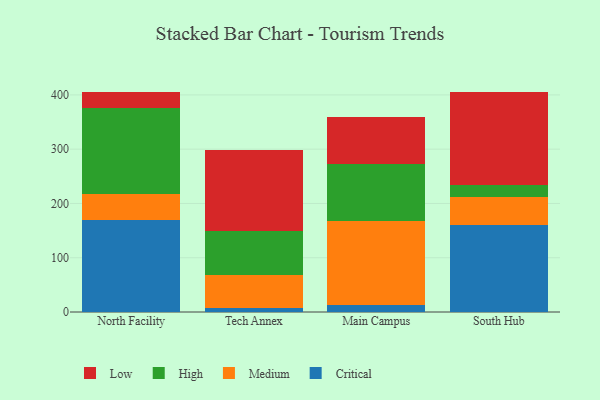
{"axis": {"x": "Campus", "y": "Energy Usage (MWh)"}, "legend": ["Critical", "High", "Low", "Medium"], "data": [{"x": "North Facility", "y": 169.2, "type": "Critical"}, {"x": "North Facility", "y": 48.8, "type": "Medium"}, {"x": "North Facility", "y": 158.3, "type": "High"}, {"x": "North Facility", "y": 29.6, "type": "Low"}, {"x": "Tech Annex", "y": 7.6, "type": "Critical"}, {"x": "Tech Annex", "y": 59.9, "type": "Medium"}, {"x": "Tech Annex", "y": 81.3, "type": "High"}, {"x": "Tech Annex", "y": 149.8, "type": "Low"}, {"x": "Main Campus", "y": 12.8, "type": "Critical"}, {"x": "Main Campus", "y": 154.6, "type": "Medium"}, {"x": "Main Campus", "y": 104.5, "type": "High"}, {"x": "Main Campus", "y": 87.1, "type": "Low"}, {"x": "South Hub", "y": 159.7, "type": "Critical"}, {"x": "South Hub", "y": 52.7, "type": "Medium"}, {"x": "South Hub", "y": 22.4, "type": "High"}, {"x": "South Hub", "y": 171.3, "type": "Low"}]}